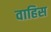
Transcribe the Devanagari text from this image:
वाहिस